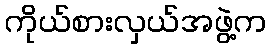
ကိုယ်စားလှယ်အဖွဲ့က